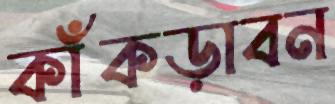
কাঁকড়াবন